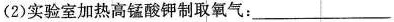
(2)实验室加热高锰酸钾制取氧气：___